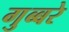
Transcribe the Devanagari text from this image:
गुब्बरे